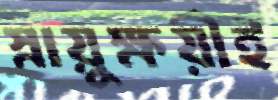
স্নায়ুক্ষয়ীই